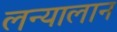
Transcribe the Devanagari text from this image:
लन्यालान